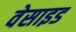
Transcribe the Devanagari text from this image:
वेसाइड